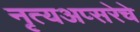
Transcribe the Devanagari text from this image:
नृत्यअप्सरेचे